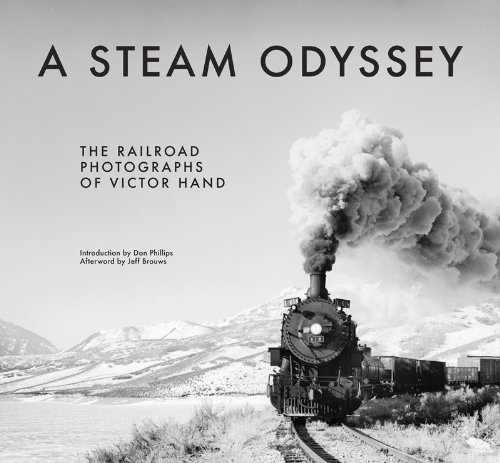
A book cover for A Steam Odyssey: The Railroad Photographs of Victor Hand; Victor Hand; Arts & Photography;